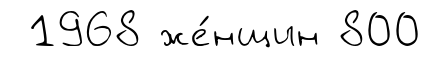
1968 же́нщин 800